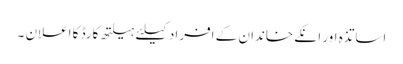
اساتذہ اور انکے خاندان کے افراد کیلئے ہیلتھ کارڈ کا اعلان ۔